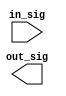
module pull#(
    parameter to    = 1'b1,
    parameter width = 16
    )(
    input  wire [width - 1 : 0] in_sig,
    output wire [width - 1 : 0] out_sig
    );

integer i = 0;

always@(*)
    begin
    
    for (i = 0; i < width; i = i + 1)
        begin
        
        
        
        end
        
    end

endmodule